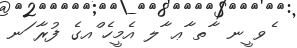
ެވ ީނ  ާތ ާޢ ާލ އެމީހެ ްއގެ ފުރާ ަނ